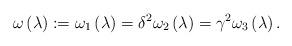
LaTeX: \begin{align*}\omega \left( \lambda \right) :=\omega _{1}\left( \lambda \right) =\delta^{2}\omega _{2}\left( \lambda \right) =\gamma ^{2}\omega _{3}\left( \lambda\right) . \end{align*}